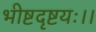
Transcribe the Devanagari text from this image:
भीष्टदृष्टयः।।